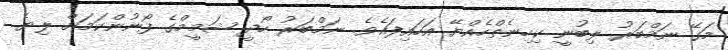
މަގޭ ނަމްބަރު ލިބުނީ ކިހިނެތްހެއްޔޭ އަހައިފައެވެ. ނަމްބަރު ހޯދީ ޝަމީމްގެ ފޯނުންކަމަށް ލިޔެ